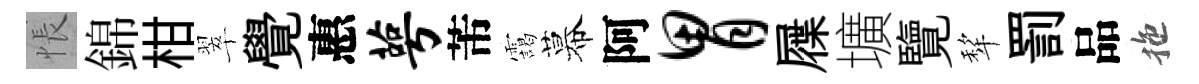
悵錦柑翠覺惠萼芾靄幕阿胃屧壙覽犂罰品拖